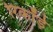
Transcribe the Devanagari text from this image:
रिकॉर्ड़